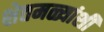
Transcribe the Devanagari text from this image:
शेतमळ्यांशी